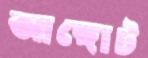
আঙ্গোট